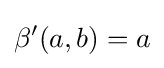
\beta '(a,b)=a